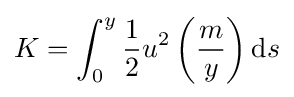
K=\int _{0}^{y}{\frac {1}{2}}u^{2}\left({\frac {m}{y}}\right)\mathrm {d} s